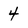
Character: 4